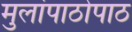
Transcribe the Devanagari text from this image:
मुलांपाठोपाठ